Source: Handwritten
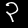
Digit: ၃ (3)